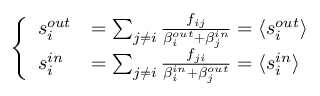
\left\{ \begin{array} { l l } { s _ { i } ^ { o u t } } & { = \sum _ { j \neq i } \frac { f _ { i j } } { \beta _ { i } ^ { o u t } + \beta _ { j } ^ { i n } } = \langle s _ { i } ^ { o u t } \rangle } \\ { s _ { i } ^ { i n } } & { = \sum _ { j \neq i } \frac { f _ { j i } } { \beta _ { i } ^ { i n } + \beta _ { j } ^ { o u t } } = \langle s _ { i } ^ { i n } \rangle } \end{array} \right.